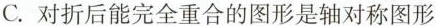
C. 对折后能完全重合的图形是轴对称图形